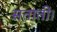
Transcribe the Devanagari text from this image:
सताती।